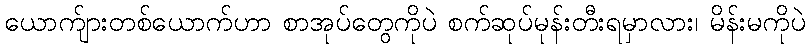
ယောက်ျားတစ်ယောက်ဟာ စာအုပ်တွေကိုပဲ စက်ဆုပ်မုန်းတီးရမှာလား၊ မိန်းမကိုပဲ